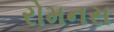
રોમનસ